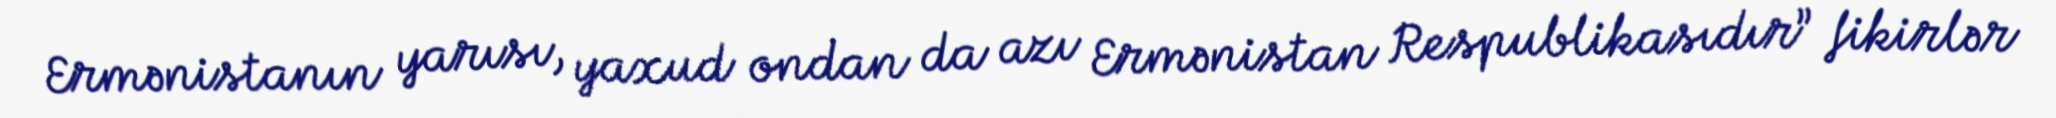
Ermənistanın yarısı, yaxud ondan da azı Ermənistan Respublikasıdır” fikirlər